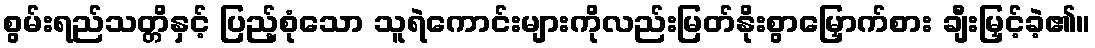
စွမ်းရည်သတ္တိနှင့် ပြည့်စုံသော သူရဲကောင်းများကိုလည်းမြတ်နိုးစွာမြှောက်စား ချီးမြှင့်ခဲ့၏။